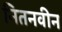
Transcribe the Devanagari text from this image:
नितनवीन